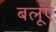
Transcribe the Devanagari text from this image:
बलूए